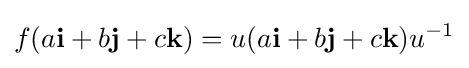
f(a\mathbf {i} +b\mathbf {j} +c\mathbf {k} )=u(a\mathbf {i} +b\mathbf {j} +c\mathbf {k} )u^{-1}